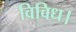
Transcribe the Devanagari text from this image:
विविध।